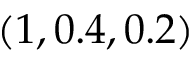
( 1 , 0 . 4 , 0 . 2 )